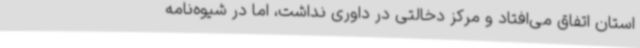
استان اتفاق می‌افتاد و مرکز دخالتی در داوری نداشت، اما در شیوه‌نامه